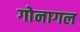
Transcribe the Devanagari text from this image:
गोनागल